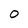
Character: 0